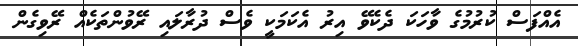
އެއްފަސް ކުރުމުގެ ވާހަކަ ދެކެވޭ އިރު އެކަމަކީ ވެސް ދުރާލައި ރޭވުންތަކެއް ރޭވިގެން